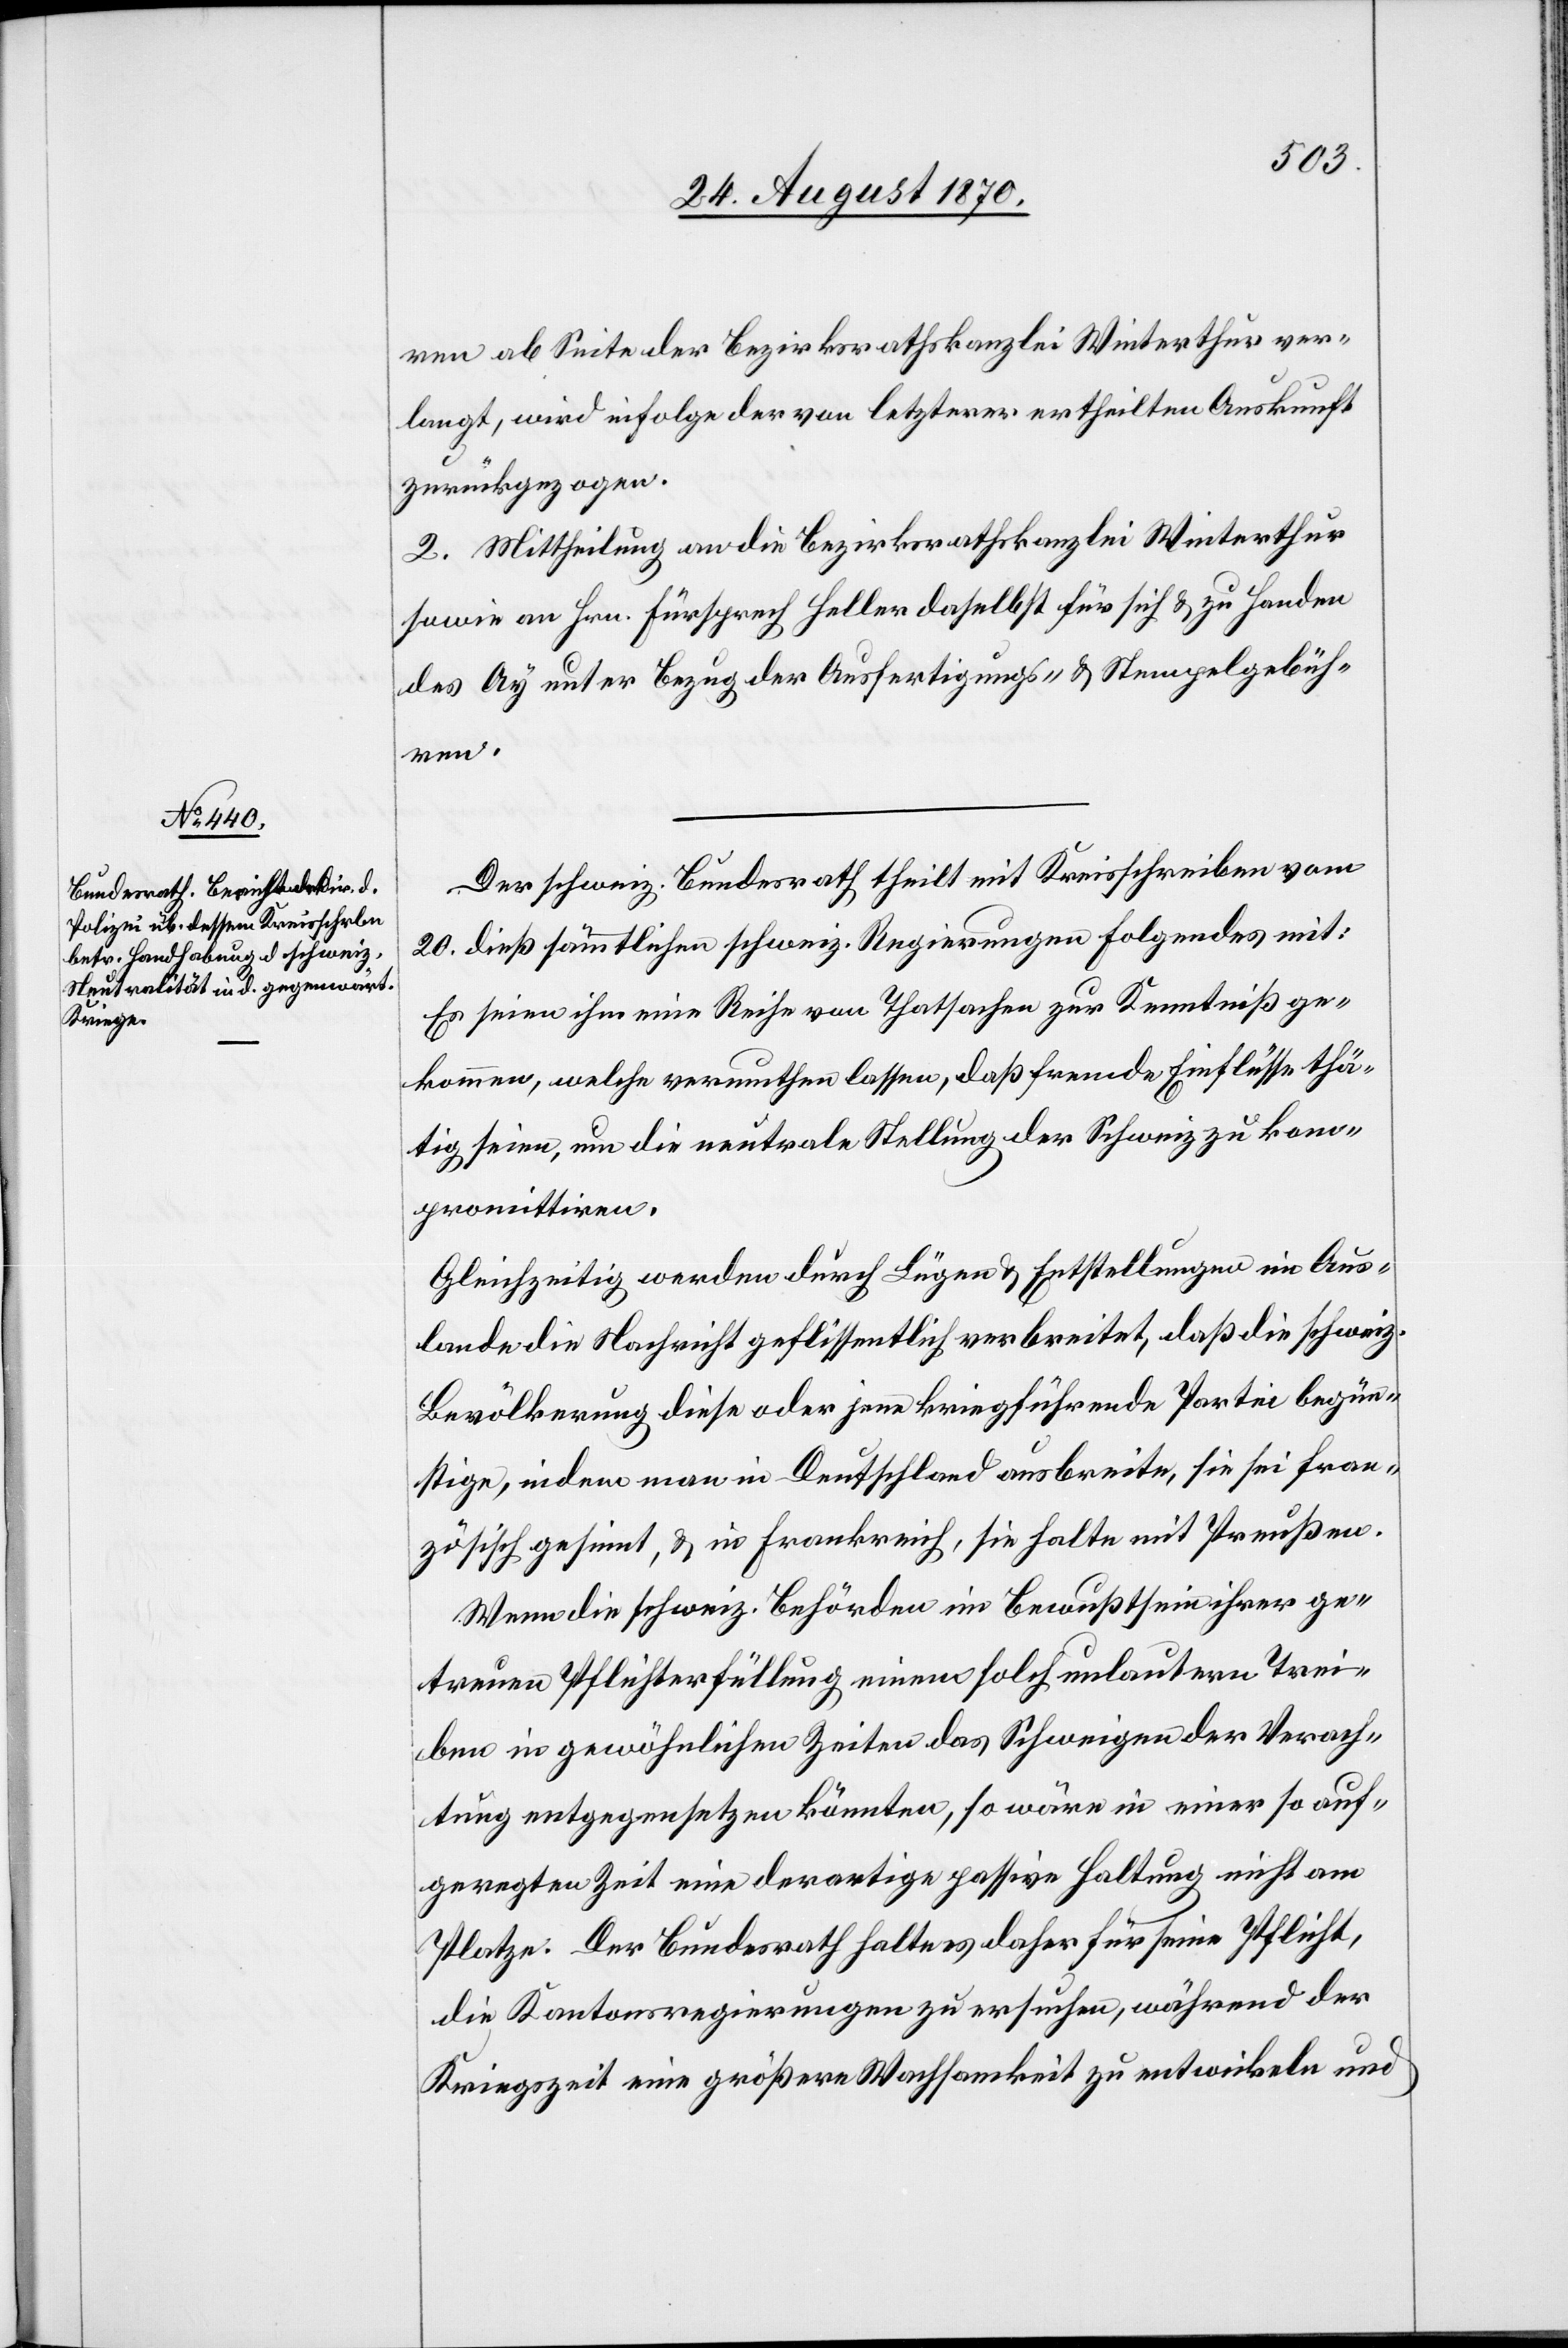
ren ab Seite der Bezirksrathskanzlei Winterthur ver¬
langt, wird infolge der von letzterer ertheilten Auskunft
zurückgezogen.
2. Mittheilung an die Bezirksrathskanzlei Winterthur
sowie an Hrn. Fürspreche Heller daselbst für sich & zu Handen
des Ay unter Bezug der Ausfertigungs- & Stempelgebüh¬
ren.
Der schweiz. Bundesrath theilt mit Kreisschreiben vom
20. dieß sämmtlichen schweiz. Regierungen Folgendes mit:
Es seien ihm eine Reihe von Thatsachen zur Kenntniß ge¬
kommen, welche vermuthen lassen, daß fremde Einflüsse thä¬
tig seien, um die neutrale Stellung der Schweiz zu komm¬
promittiren.
Gleichzeitig werden durch Lügen & Entstellungen im Aus¬
lande die Nachricht geflissentlich verbreitet [sic!], daß die schweiz.
Bevölkerung diese oder jene kriegführende Partei begün¬
stige, indem man in Deutschland ausbreite, sie sei fran¬
zösisch gesinnt, & in Frankreich, sie halte mit Preußen.
Wenn die schweiz. Behörden im Bewußtsein ihrer ge¬
treuen Pflichterfüllung einem solch unlautern Trei¬
ben in gewöhnlichen Zeiten das Schweigen der Verach¬
tung entgegensetzen könnten, so wäre in einer so auf¬
geregten Zeit eine derartige passive Haltung nicht am
Platze. Der Bundesrath halte es daher für seine Pflicht,
die Kantonsregierungen zu ersuchen, während der
Kriegszeit eine größere Wachsamkeit zu entwickeln und